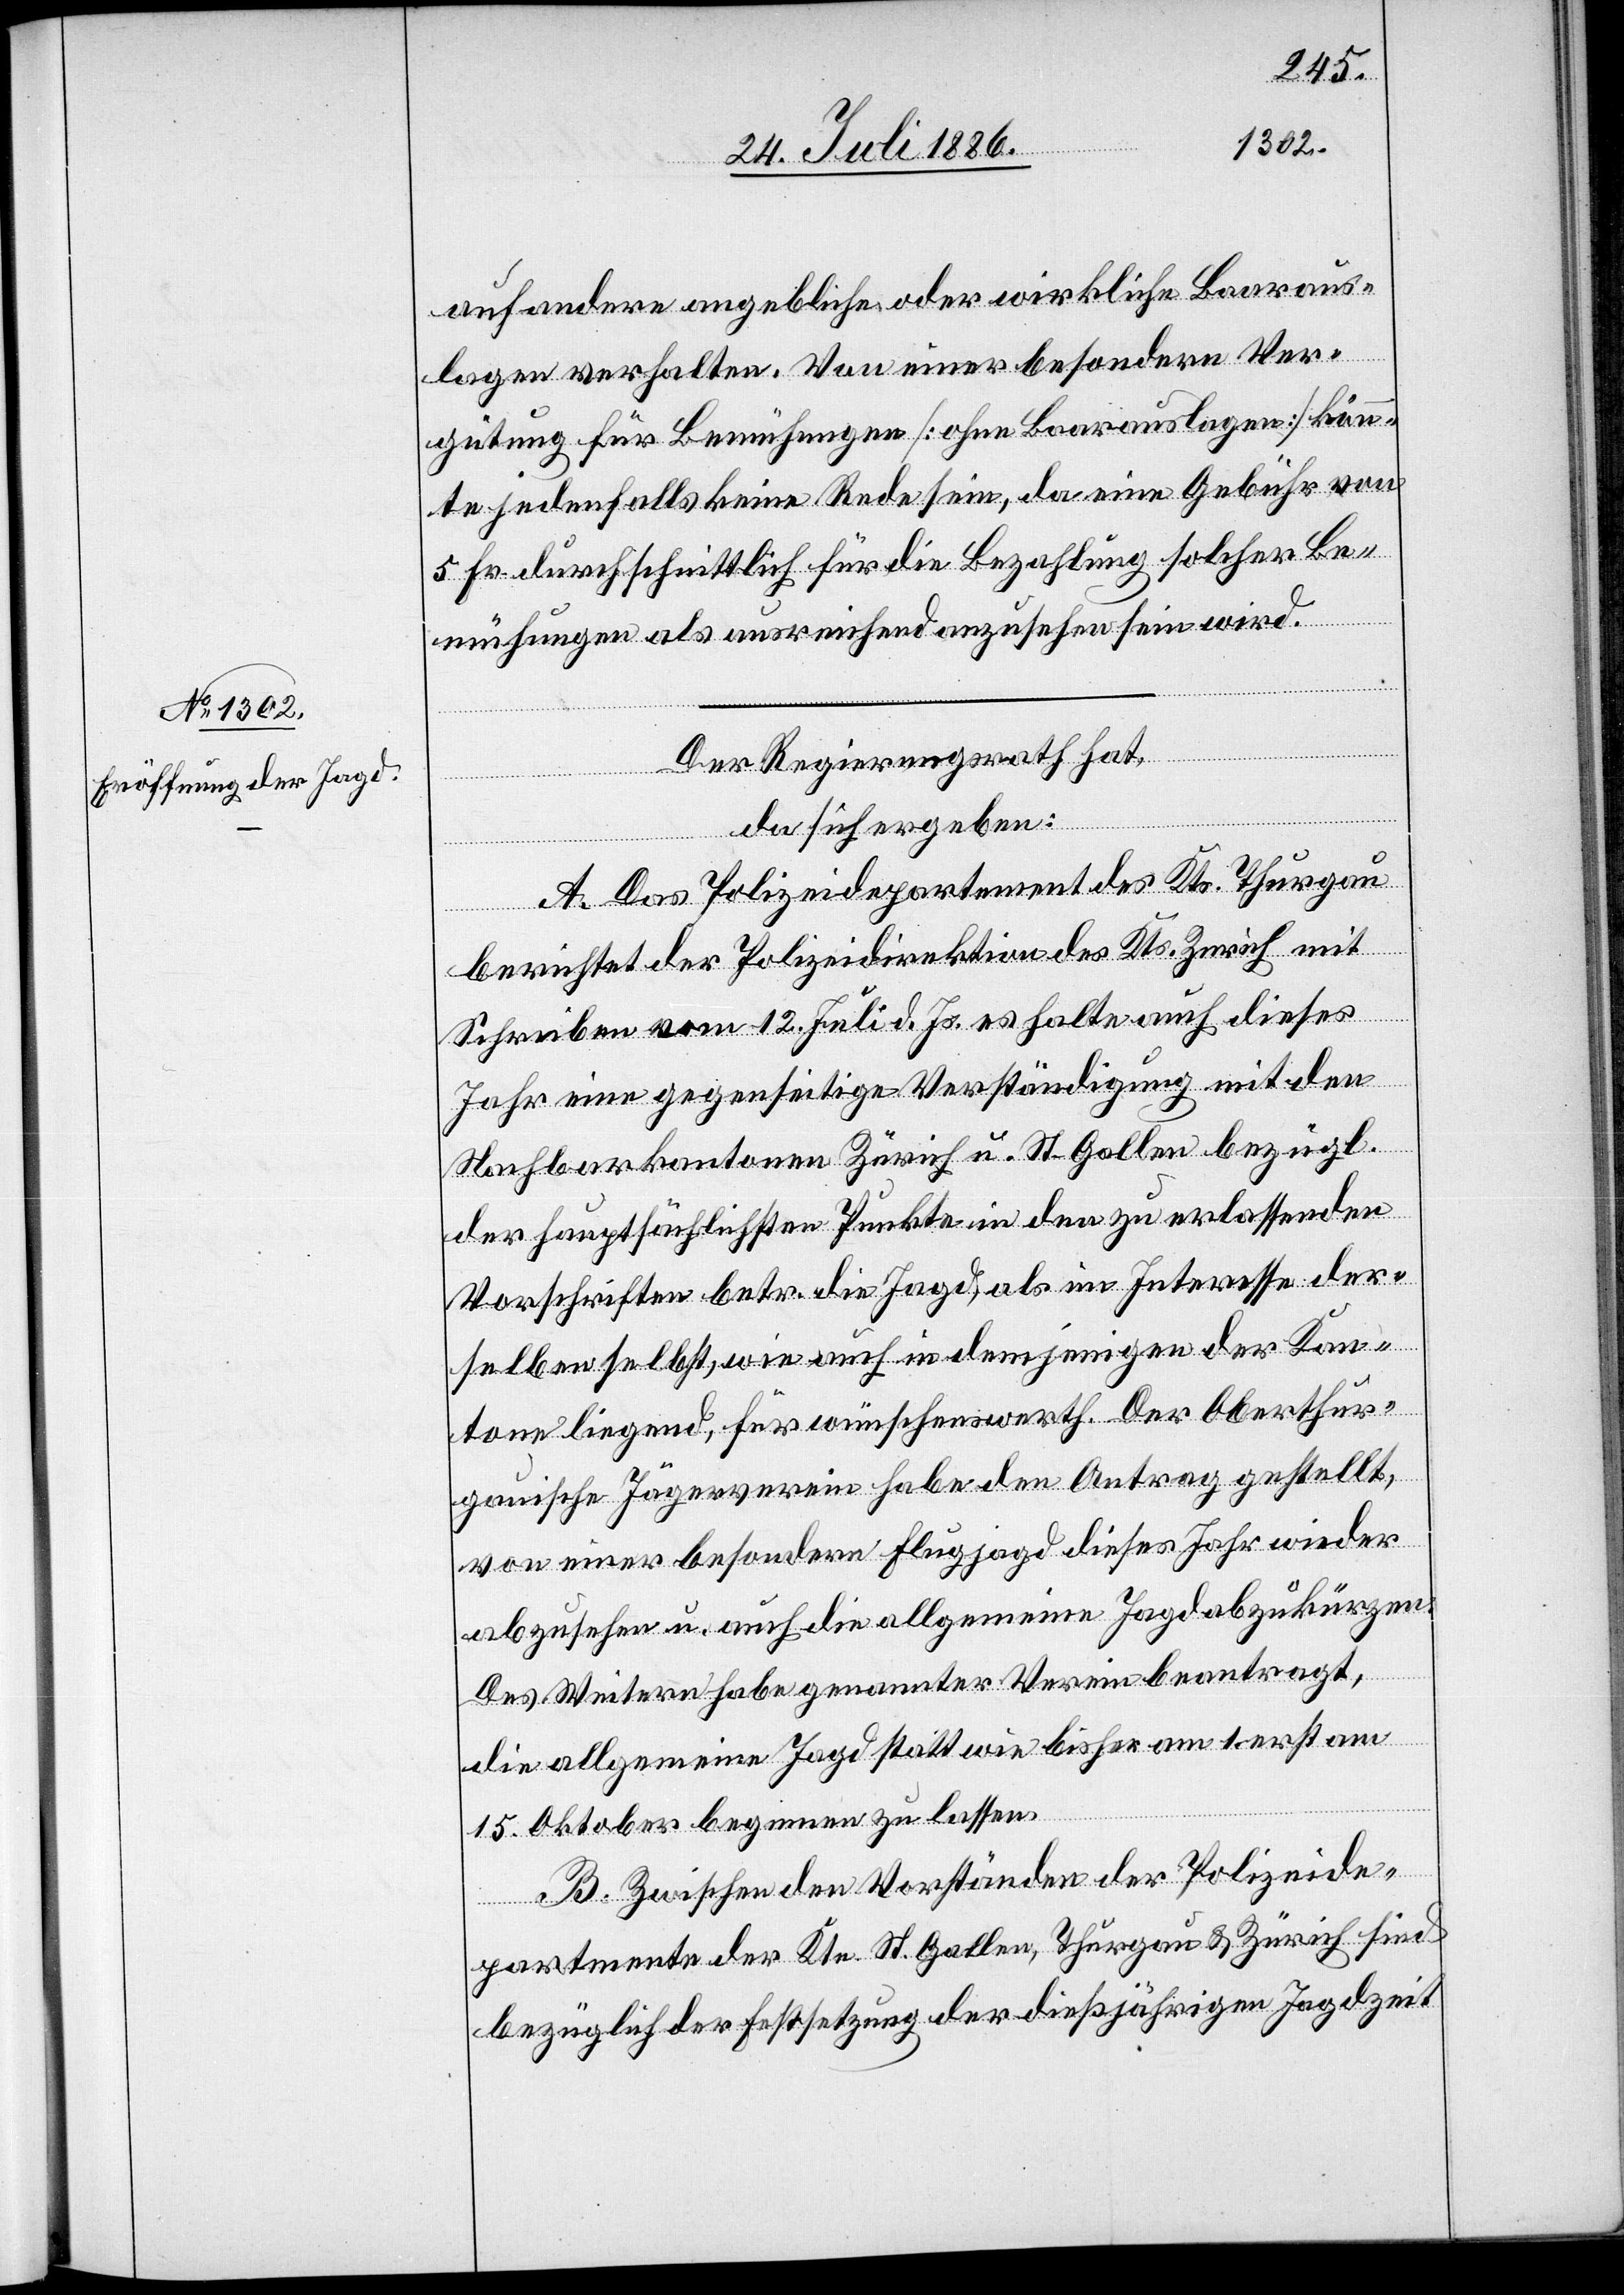
auf andere angebliche oder wirkliche Baaraus¬
lagen verhalten. Von einer besondern Ver¬
gütung für Bemühungen [ohne Baarauslagen] könn¬
te jedenfalls keine Rede sein, da eine Gebühr von
5 Fr. durchschnittlich für die Bezahlung solcher Be¬
mühungen als ausreichend angesehen sein wird.
Der Regierungsrath hat,
da sich ergeben:
A. Das Polizeidepartement des Kts. Thurgau
berichtet der Polizeidirektion des Kts. Zurich [recte:
mit
Schreiben vom 12. Juli d. Js. es halte auch dieses
Jahr eine gegenseitige Verständigung mit den
Nachbarkantonen Zürich u. St. Gallen bezügl.
der hauptsächlichsten Punkte in den zu erlassenden
Vorschriften betr. die Jagd, als im Interesse der¬
selben selbst, wie auch in demjenigen der Kan¬
tone liegend, für wünschenswerth. Der Oberthur¬
gauische Jägerverein habe den Antrag gestellt,
von einer besondern Flugjagd dieses Jahr wieder
abzusehen u. auch die allgemeine Jagd abzukürzen.
Des Weitern habe genannter Verein beantragt,
die allgemeine Jagd statt wie bisher am 1. erst am
15. Oktober beginnen zu lassen.
B. Zwischen den Vorständen der Polizeide¬
partemente der Kte. St. Gallen, Thurgau & Zürich sind
bezüglich der Festsetzung der dießjährigen Jagdzeit